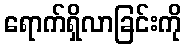
ရောက်ရှိလာခြင်းကို